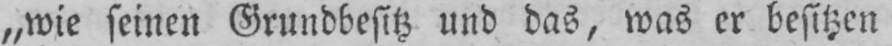
„wie seinen Grundbesitz und das, was er besitzen